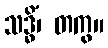
သဒ္ဓိံ၊ တကွ။